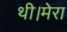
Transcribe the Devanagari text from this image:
थी।मेरा